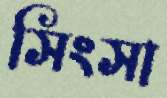
সিংসা